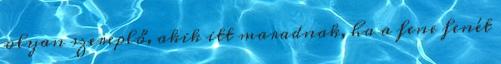
olyan szereplő, akik itt maradnak, ha a fene fenét